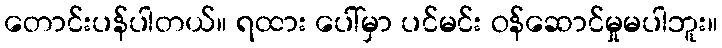
တောင်းပန်ပါတယ်။ ရထား ပေါ်မှာ ပင်မင်း ဝန်ဆောင်မှုမပါဘူး။